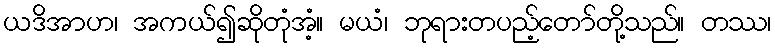
ယဒိအာဟ၊ အကယ်၍ဆိုတုံအံ့။ မယံ၊ ဘုရားတပည့်တော်တို့သည်။ တဿ၊